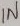
Text: IN